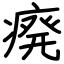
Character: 㾱